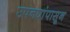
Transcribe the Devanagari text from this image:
उपनद्यांपासून